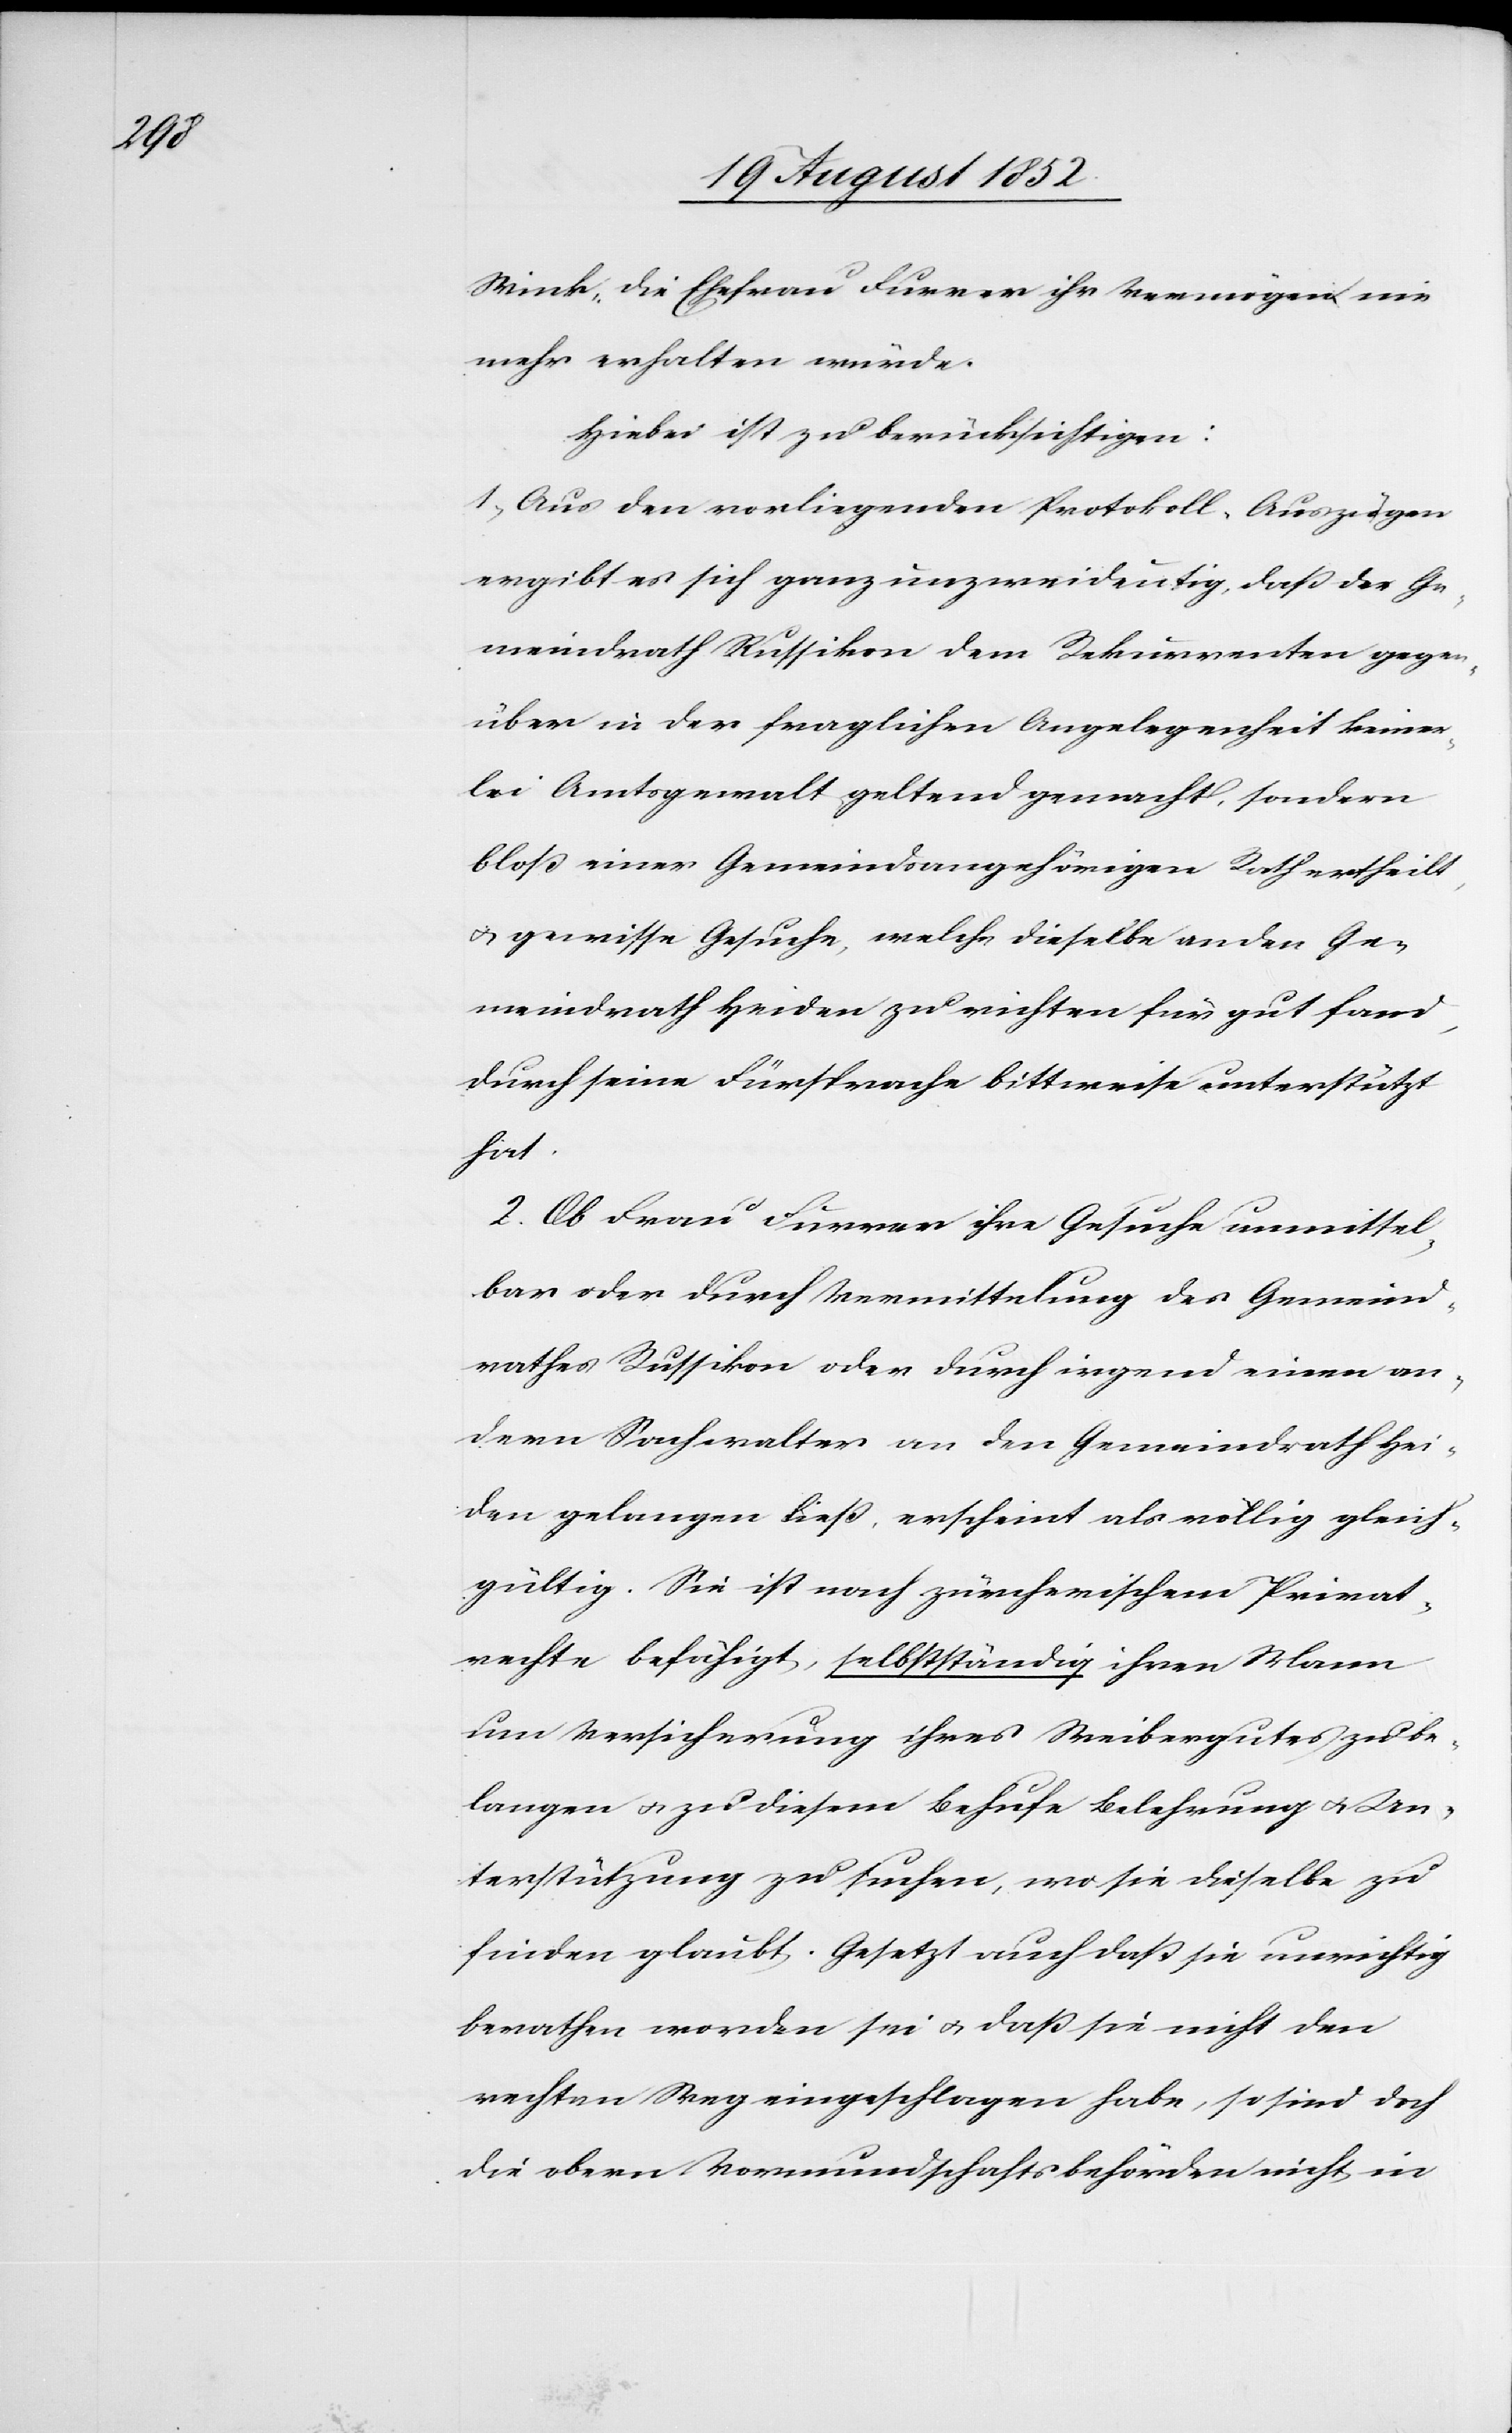
Wink, die Ehefrau Furrer ihr Vermögen nie
mehr erhalten würde.
Hiebei ist zu berücksichtigen:
1, Aus den vorliegenden Protokoll-Auszügen
ergibt es sich ganz unzweideutig, daß der Ge¬
meindrath Russikon dem Rekurrenten gegen¬
über in der fraglichen Angelegenheit keiner¬
lei Amtsgewalt geltend gemacht, sondern
bloß einer Gemeindsangehörigen Rath ertheilt,
& gewisse Gesuche, welche dieselbe an den Ge¬
meindrath Heiden zu richten für gut fand,
durch seine Fürsprache bittweise unterstützt
hat.
2. Ob Frau Furrer ihre Gesuche unmittel¬
bar oder durch Vermittelung des Gemeind¬
rathes Russikon oder durch irgend einen an¬
dern Sachwalter an den Gemeindrath Hei¬
den gelangen ließ, erscheint als völlig gleich¬
gültig. Sie ist nach zürcherischem Privat¬
rechte befähigt, selbstständig ihren Mann
um Versicherung ihres Weibergutes zu be¬
langen & zu diesem Behufe Belehrung & Un¬
terstützung zu suchen, wo sie dieselbe zu
finden glaubt. Gesetzt auch daß sie unrichtig
berathen worden sei & daß sie nicht den
rechten Weg eingeschlagen habe, so sind doch
die obern Vormundschaftsbehörden nicht in